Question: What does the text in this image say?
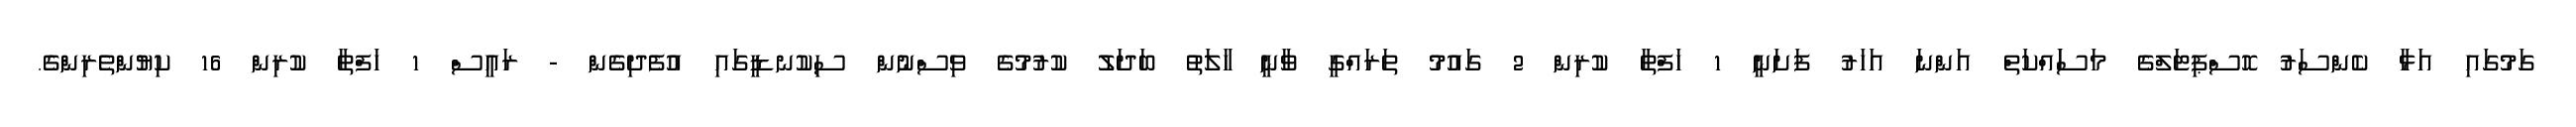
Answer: ގަމުގައި އަޅާ ކެންސަރު ހޮސްޕިޓަލްގެ މަސަައްކަތް އަންނަ އަހަރު ފަށަނީ 1 ހަފްތާ ކުރިން 2 ގައުމު ތަރައްގީ ވާނީ ހާލަތު ބަދަލު ކުރުމުގެ ވިސްނުން ސިކުނޑީގައި އުފެދިގެން - ރައީސް 1 ހަފްތާ ކުރިން 16 ކިޔުންތެރިންގެ.